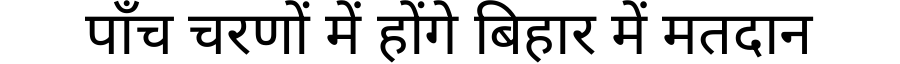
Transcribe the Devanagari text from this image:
पाँच चरणों में होंगे बिहार में मतदान